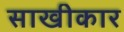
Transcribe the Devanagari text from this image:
साखीकार